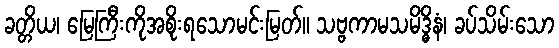
ခတ္တိယ၊ မြေကြီးကိုအစိုးရသောမင်းမြတ်။ သဗ္ဗကာမသမိဒ္ဓိနံ၊ ခပ်သိမ်းသော